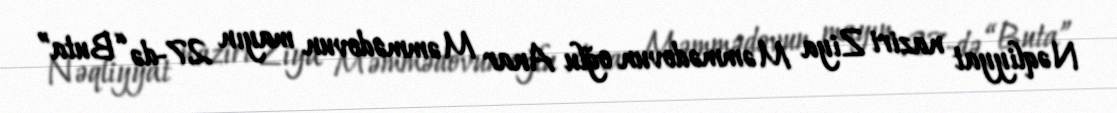
Nəqliyyat naziri Ziya Məmmədovun oğlu Anar Məmmədovun mayın 27-də “Buta”